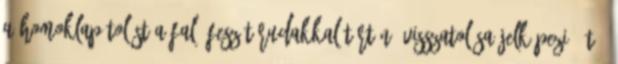
a homoklapátolást a fal, feszítőrudakkal történő visszatolása jelképezi. Ütő-